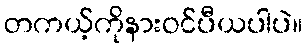
တကယ့်ကိုနားဝင်ပီယပါပဲ။